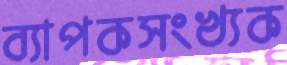
ব্যাপকসংখ্যক